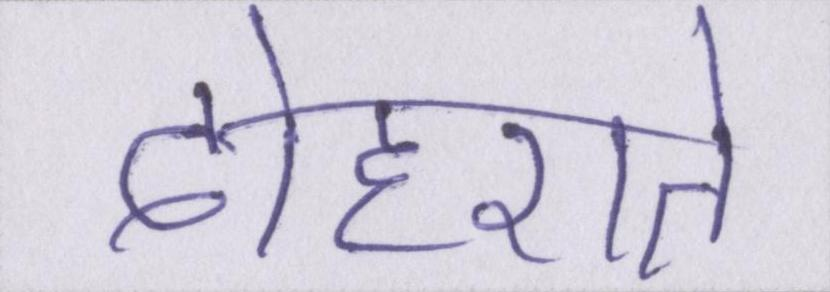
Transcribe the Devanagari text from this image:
दोहराते